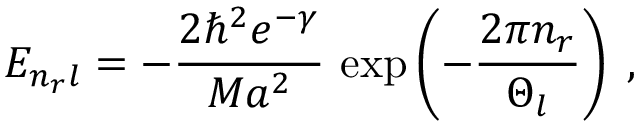
E _ { n _ { r } l } = - \frac { 2 \hbar ^ { 2 } e ^ { - \gamma } } { M a ^ { 2 } } \, \exp \left( - \frac { 2 \pi n _ { r } } { \Theta _ { l } } \right) \; ,